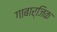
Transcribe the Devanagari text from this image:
गाबार्जिक